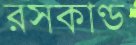
রসকাণ্ড